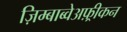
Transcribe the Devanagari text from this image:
ज़िम्बाब्वेअफ़्रीकन